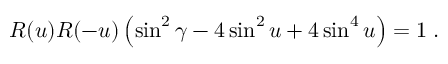
{ \cal R } ( u ) { \cal R } ( - u ) \left( \sin ^ { 2 } \gamma - 4 \sin ^ { 2 } u + 4 \sin ^ { 4 } u \right) = 1 \; .